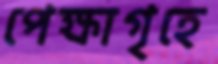
পেক্ষাগৃহে